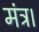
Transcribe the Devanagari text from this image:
मंत्र।